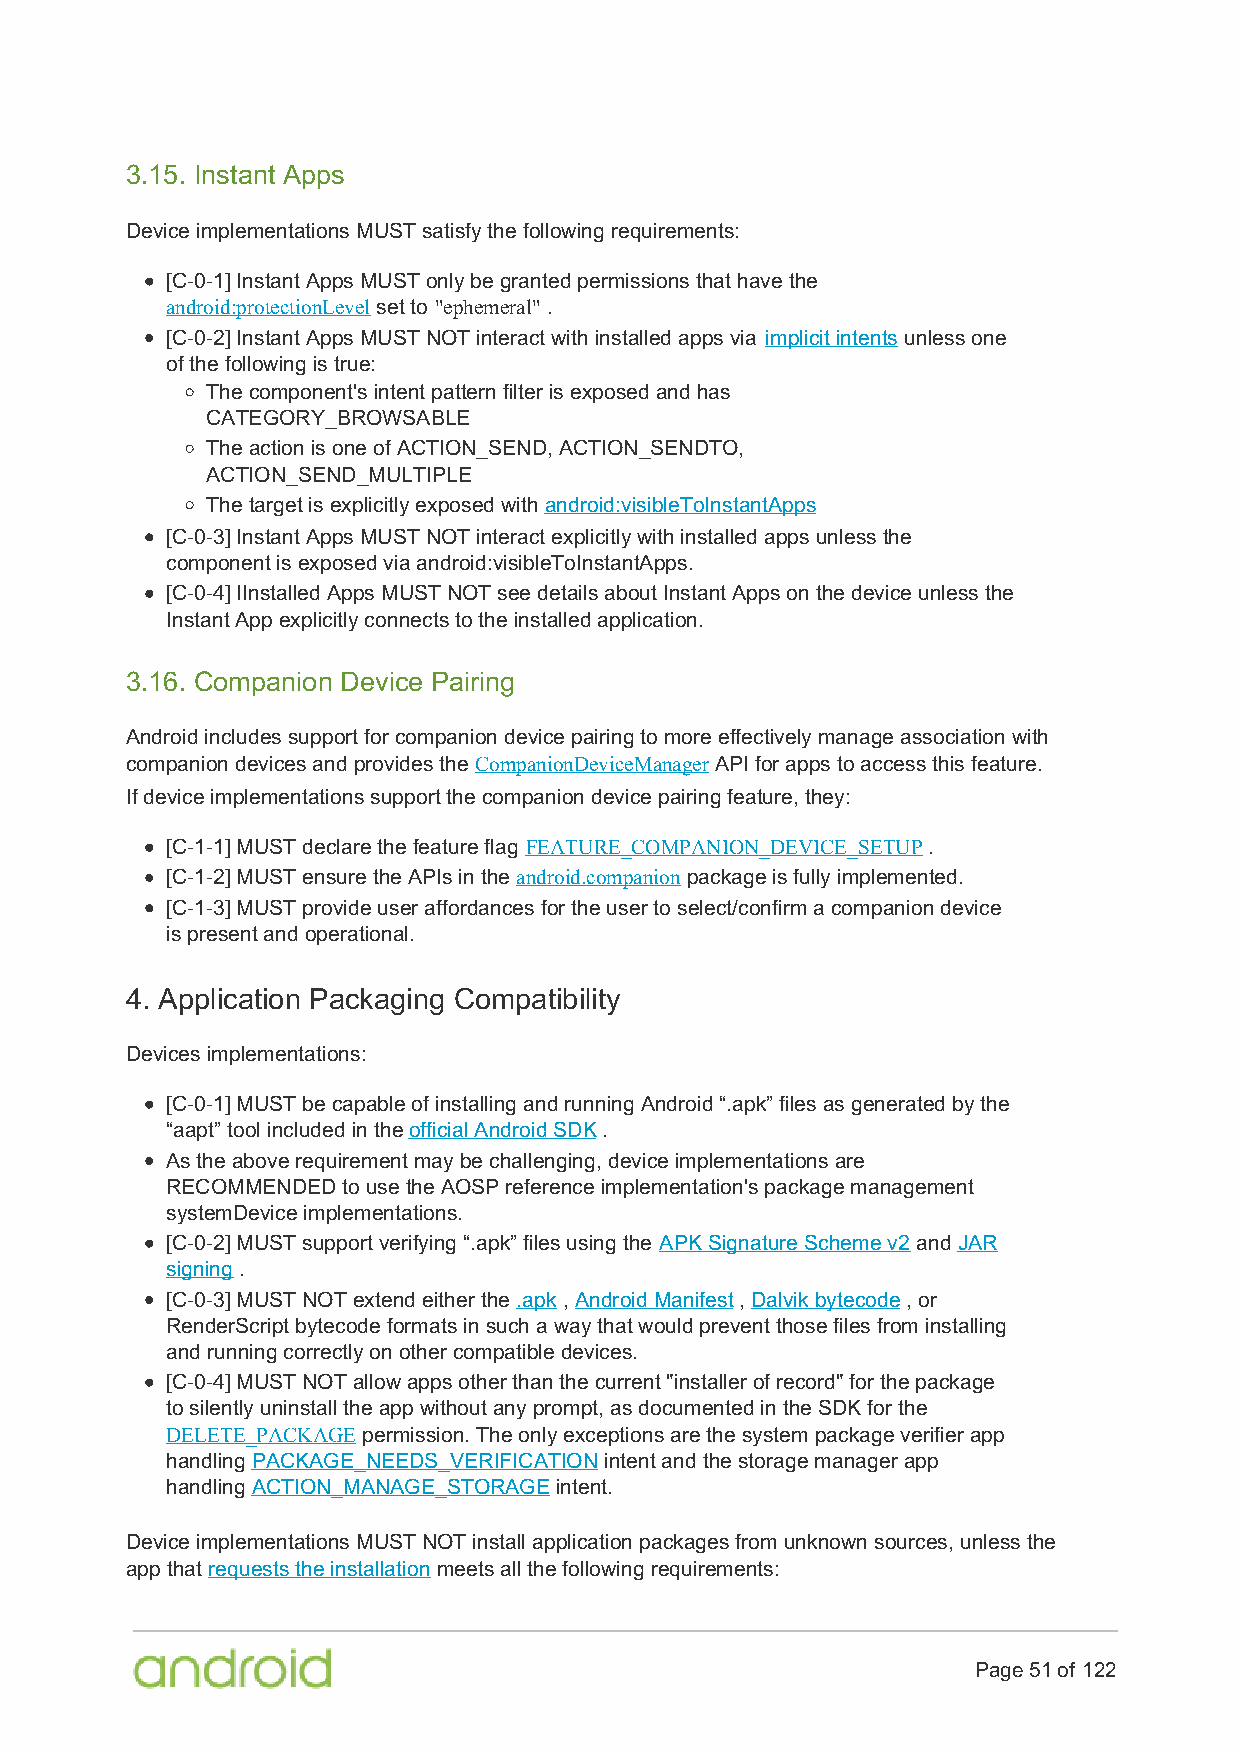
3.15. Instant Apps
 Device implementations MUST satisfy the following requirements:
 [C-0-1] Instant Apps MUST only be granted permissions that have the
 android:protectionLevel set to "ephemeral" .
 [C-0-2] Instant Apps MUST NOT interact with installed apps via implicit intents unless one
 of the following is true:
 The component's intent pattern filter is exposed and has
 CATEGORY_BROWSABLE
 The action is one of ACTION_SEND, ACTION_SENDTO,
 ACTION_SEND_MULTIPLE
 The target is explicitly exposed with android:visibleToInstantApps
 [C-0-3] Instant Apps MUST NOT interact explicitly with installed apps unless the
 component is exposed via android:visibleToInstantApps.
 [C-0-4] IInstalled Apps MUST NOT see details about Instant Apps on the device unless the
 Instant App explicitly connects to the installed application.
 3.16. Companion Device Pairing
 Android includes support for companion device pairing to more effectively manage association with
 companion devices and provides the CompanionDeviceManager API for apps to access this feature.
 If device implementations support the companion device pairing feature, they:
 [C-1-1] MUST declare the feature flag FEATURE_COMPANION_DEVICE_SETUP .
 [C-1-2] MUST ensure the APIs in the android.companion package is fully implemented.
 [C-1-3] MUST provide user affordances for the user to select/confirm a companion device
 is present and operational.
 4. Application Packaging Compatibility
 Devices implementations:
 [C-0-1] MUST be capable of installing and running Android “.apk” files as generated by the
 “aapt” tool included in the official Android SDK .
 As the above requirement may be challenging, device implementations are
 RECOMMENDED to use the AOSP reference implementation's package management
 systemDevice implementations.
 [C-0-2] MUST support verifying “.apk” files using the APK Signature Scheme v2 and JAR
 signing .
 [C-0-3] MUST NOT extend either the .apk , Android Manifest , Dalvik bytecode , or
 RenderScript bytecode formats in such a way that would prevent those files from installing
 and running correctly on other compatible devices.
 [C-0-4] MUST NOT allow apps other than the current "installer of record" for the package
 to silently uninstall the app without any prompt, as documented in the SDK for the
 DELETE_PACKAGE permission. The only exceptions are the system package verifier app
 handling PACKAGE_NEEDS_VERIFICATION intent and the storage manager app
 handling ACTION_MANAGE_STORAGE intent.
 Device implementations MUST NOT install application packages from unknown sources, unless the
 app that requests the installation meets all the following requirements:
 Page 51 of 122